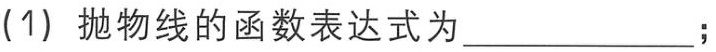
(1) 抛物线的函数表达式为____________；